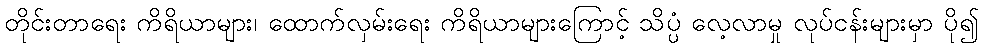
တိုင်းတာရေး ကိရိယာများ၊ ထောက်လှမ်းရေး ကိရိယာများကြောင့် သိပ္ပံ လေ့လာမှု လုပ်ငန်းများမှာ ပို၍